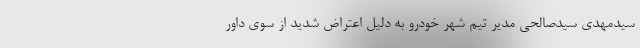
سیدمهدی سیدصالحی مدیر تیم شهر خودرو به دلیل اعتراض شدید از سوی داور